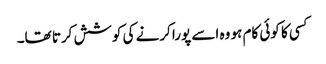
کسی کا کوئی کام ہو وہ اسے پورا کرنے کی کوشش کرتا تھا۔